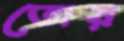
তোয়